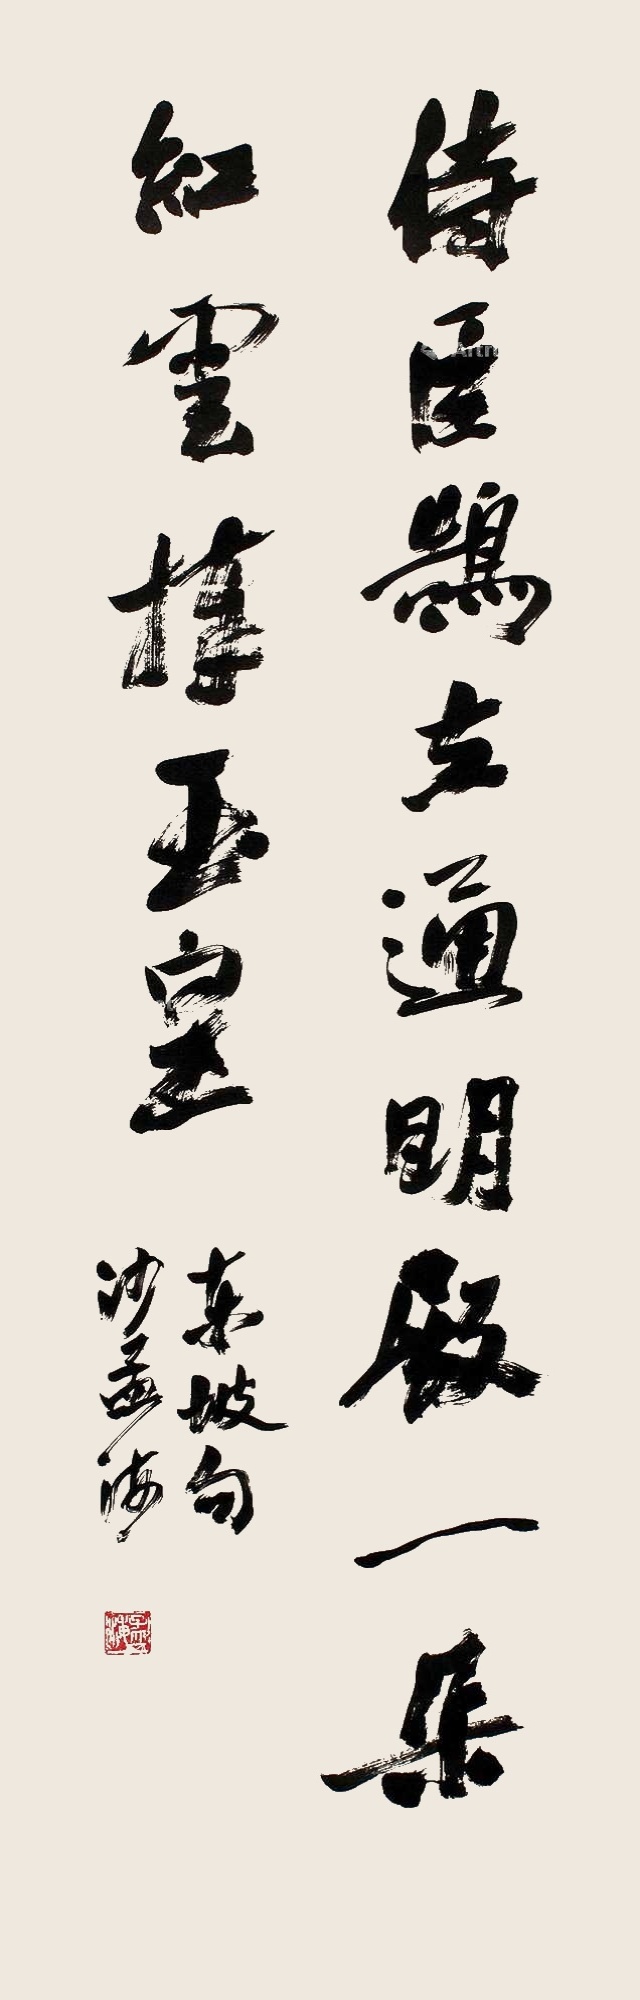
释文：侍臣鹄立通明殿，一朵红云捧玉皇。东坡句，沙孟海。